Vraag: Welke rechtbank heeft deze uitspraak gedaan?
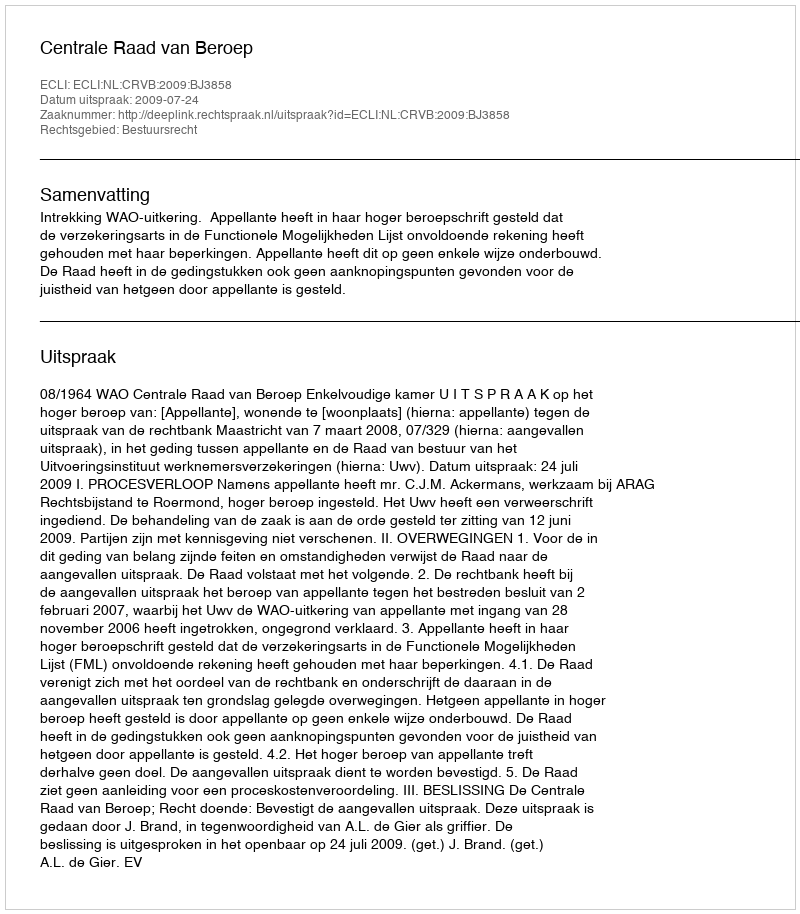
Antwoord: Centrale Raad van Beroep